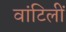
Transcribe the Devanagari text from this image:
वांटिलीं